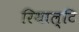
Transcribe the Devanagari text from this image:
रियाल्टि